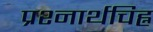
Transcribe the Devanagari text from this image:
प्रश्नार्थचिह्न